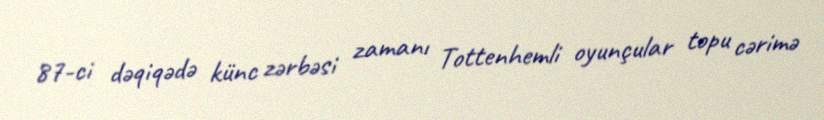
87-ci dəqiqədə künc zərbəsi zamanı Tottenhemli oyunçular topu cərimə